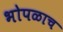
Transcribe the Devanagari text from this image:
भोपळाच